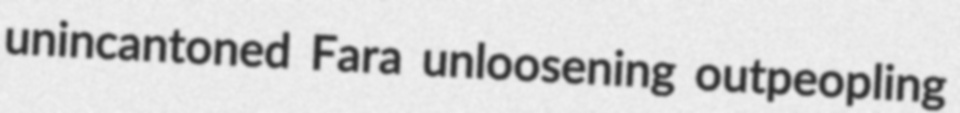
unincantoned Fara unloosening outpeopling